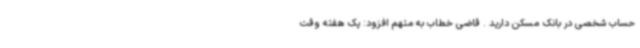
حساب شخصی در بانک مسکن دارید . قاضی خطاب به متهم افزود: یک هفته وقت